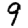
Digit: 9